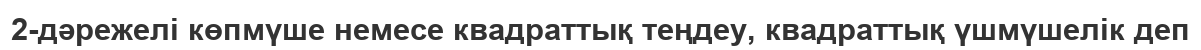
2-дәрежелі көпмүше немесе квадраттық теңдеу, квадраттық үшмүшелік деп